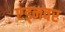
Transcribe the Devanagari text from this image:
एड्नवर